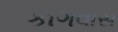
કાગવાસ